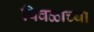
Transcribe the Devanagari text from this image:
पिवळाच्या